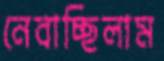
নেবাচ্ছিলাম